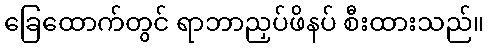
ခြေထောက်တွင် ရာဘာညှပ်ဖိနပ် စီးထားသည်။